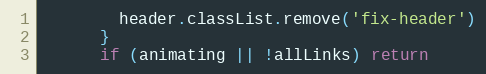
Language: JavaScript
        header.classList.remove('fix-header')
      }
      if (animating || !allLinks) return